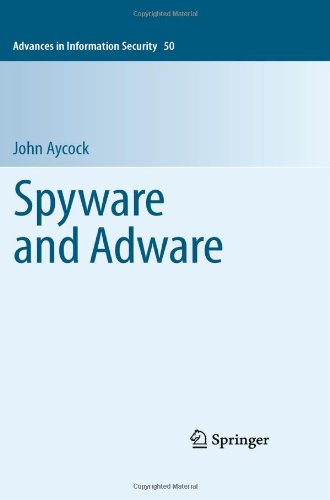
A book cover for Spyware and Adware (Advances in Information Security); John Aycock; Computers & Technology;